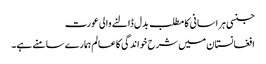
جنسی ہراسانی کا مطلب بدل ڈالنے والی عورت
افغانستان میں شرح خواندگی کاعالم ہمارے سامنے ہے۔